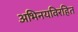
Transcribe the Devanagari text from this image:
अभिनयविरहित